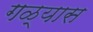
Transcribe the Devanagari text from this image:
गळ्यास